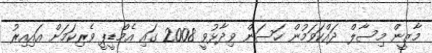
މާޒީން މިސާލް ދައްކަވަމުން ހަސަން ވިދާޅުވީ 2008 ގައި އެމްޑީޕީ ވެރިކަމަށް އައިއިރު